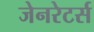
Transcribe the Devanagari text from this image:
जेनरेटर्स